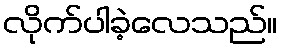
လိုက်ပါခဲ့လေသည်။